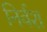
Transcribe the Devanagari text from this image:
निर्वश